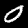
Digit: 0